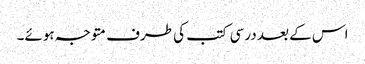
اس کے بعد درسی کتب کی طرف متوجہ ہوئے۔